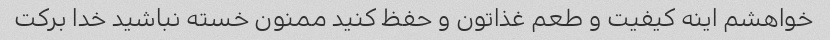
خواهشم اینه کیفیت و طعم غذاتون و حفظ کنید ممنون خسته نباشید خدا برکت